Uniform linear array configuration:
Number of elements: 4
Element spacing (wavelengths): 1
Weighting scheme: hamming
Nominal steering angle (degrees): -15
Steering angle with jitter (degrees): -16.717
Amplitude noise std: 0.05
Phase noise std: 0.05

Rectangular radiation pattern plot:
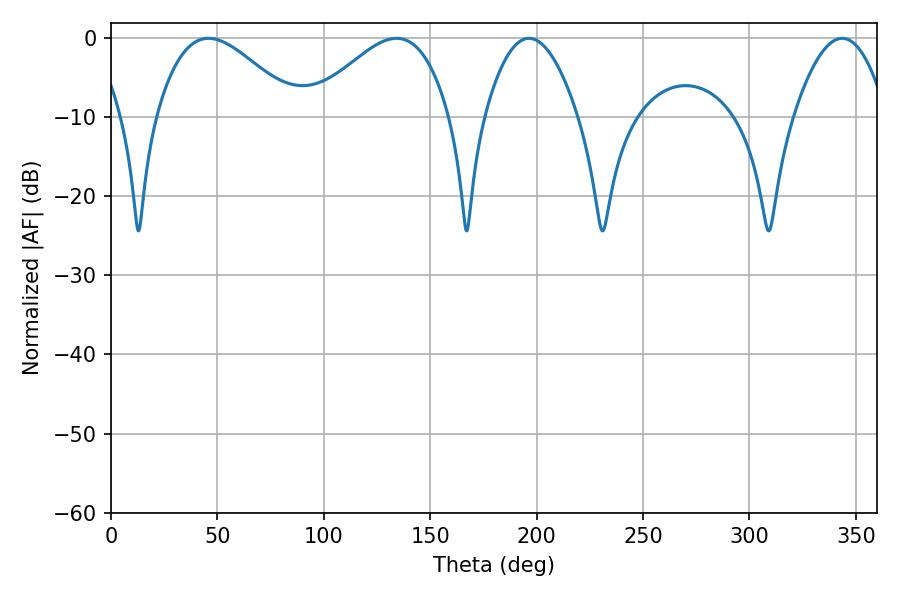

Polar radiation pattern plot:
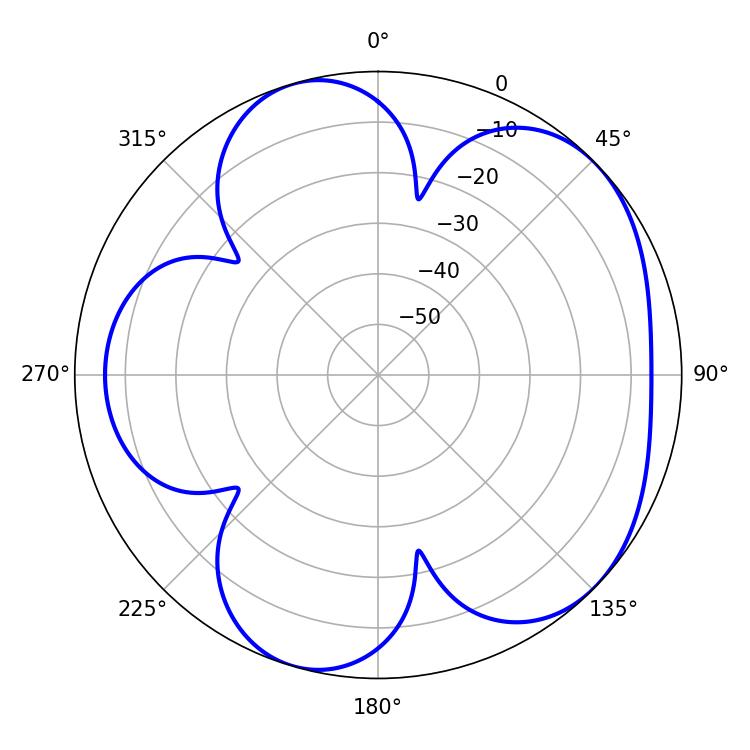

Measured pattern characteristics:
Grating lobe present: TRUE
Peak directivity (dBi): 5.153
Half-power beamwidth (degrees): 24.12
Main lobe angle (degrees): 196.38